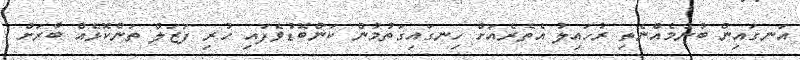
އަނގައިން ބުނުމެއްނެތި ރުހައިލު އެތެރެއަށް ހިނގައިގަތުމުން ކަންބޮޑުވެފައި ހުރި ފަޒަލް ތަންކޮޅެއް ބާރަށް